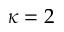
\kappa = 2